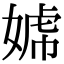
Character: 𡟣